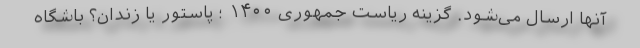
آنها ارسال می‌شود. گزینه ریاست جمهوری ۱۴۰۰ ؛ پاستور یا زندان؟ باشگاه